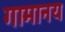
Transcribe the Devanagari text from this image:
गामानय